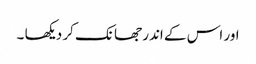
اور اس کے اندر جھانک کر دیکھا ۔